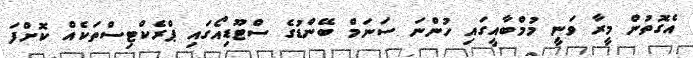
އެގޮތުން މީރާ ވަނީ މުމްބާއީގައި ހުންނަ ސަނަމް ބޭންޑުގެ ސްޓޫޑިއޯގައި ޕްރެކްޓިސްތަކެއް ކޮށްފަ